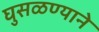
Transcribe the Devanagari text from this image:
घुसळण्याने